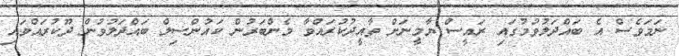
ނަމަވެސް އެ ބައްދަލުވުމުގައި ރައީސް ޔާމީނަށް ތާއީދުކުރައްވާ މެންބަރުން ކައުންސިލް ބައްދަލުވުން ދޫކުރައްވައި